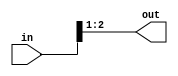
module basic_part_select_vp(input [5:0] in, output [1:0] out);
	assign out = in[2:1];
endmodule